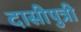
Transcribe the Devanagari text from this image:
दासीपुत्री